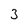
Character: 3